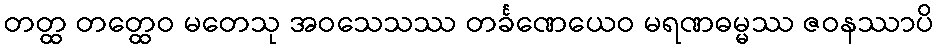
တတ္ထ တတ္ထေဝ မတေသု အဝသေသဿ တင်္ခဏေယေဝ မရဏဓမ္မဿ ဇဝနဿာပိ